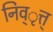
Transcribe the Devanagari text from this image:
निव्ृत्त्